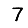
Digit: 7